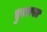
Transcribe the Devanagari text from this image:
दुरापस्त